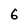
Character: 6